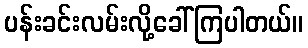
ပန်းခင်းလမ်းလို့ခေါ်ကြပါတယ်။